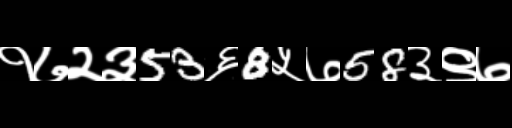
Text: १७२३53६8५७58३९७